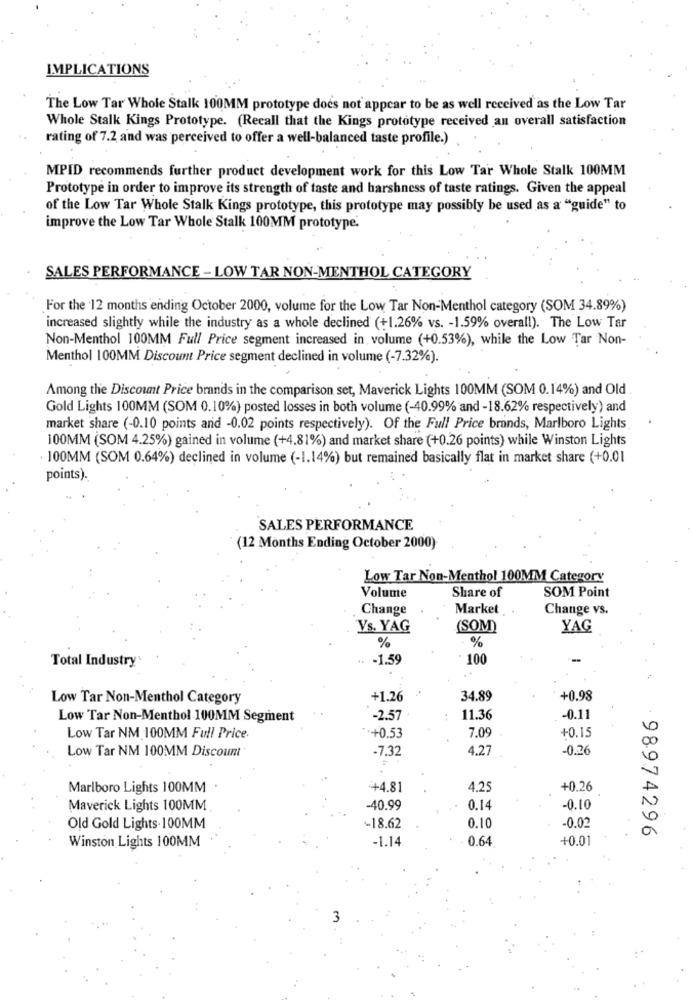
IMPLICATIONS
The Low Tar Whole Stalk 100MM prototype does not appear to be as well received as the Low Tar
Whole Stalk Kings Prototype. (Recall that the Kings prototype received an overall satisfaction
rating of 7.2 and was perceived to offer a well-balanced taste profile.)
MPID recommends further product development work for this Low Tar Whole Stalk 100MM
Prototype in order to improve its strength of taste and harshness of taste ratings. Given the appeal
of the Low Tar Whole Stalk Kings prototype, this prototype may possibly be used as a "guide" to
improve the Low Tar Whole Stalk 100MM prototype.
SALES PERFORMANCE - LOW TAR NON-MENTHOL CATEGORY
For the '12 months ending October 2000, volume for the Low Tar Non-Menthol category (SOM 34.89%)
increased slightly while the industry as a whole declined (+1.26% vs. - 1.59% overall). The Low Tar
Non-Menthol 100MM Full Price segment increased in, volume (+0.53%), while the Low Tar Non-
Menthol 100MM Discount Price segment declined in volume (-7.32%).
Among the Discount Price brands in the comparison set, Maverick Lights 100MM (SOM 0.14%) and Old
Gold Lights 100MM (SOM 0.10%) posted losses in both volume (-40.99% and -18.62% respectively) and
market share (-0.10 points and -0.02 points respectively). Of the Full Price brands, Marlboro Lights
100MM (SOM 4.25%) gained in volume (+4.81%) and market share (+0.26 points) while Winston Lights
100MM (SOM 0.64%) declined in volume (-1.14%) but remained basically flat in market share (+0.01
points).
SALES PERFORMANCE
(12 Months Ending October 2000)
Low Tar Non-Menthol 100MM Category
Volume
Share of
SOM Point
Change
Market
Change vs.
Vs. YAG
(SOM)
YAG
%
%
Total Industry
.. - 1.59
100
Low Tar Non-Menthol Category
+1.26
34.89
+0.98
Low Tar Non-Menthol 100MM Segment
-2.57
11.36
-0.11
7.09
+0.15
Low Tar NM 100MM Full Price.
.+0.53
Low Tar NM 100MM Discount
-7.32
4.27
-0.26
Marlboro Lights 100MM
+4.81
4.25
+0.26
Maverick Lights 100MM
-40.99
0.14
-0.10
Old Gold Lights.100MM
-18.62
0.10
-0.02
98974296
Winston Lights 100MM
-1.14
0.64
+0.01
3